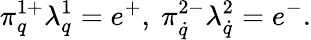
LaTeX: \pi_{q}^{1+}\lambda_{q}^{1}=e^{+},\ \pi_{\dot{q}}^{2-}\lambda_{\dot{q}}^{2}=e^{-}.